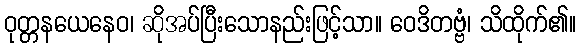
ဝုတ္တနယေနေဝ၊ ဆိုအပ်ပြီးသောနည်းဖြင့်သာ။ ဝေဒိတဗ္ဗံ၊ သိထိုက်၏။